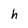
Character: h